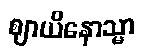
ဈာယိနောသ္မာ